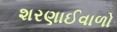
શરણાઈવાળો